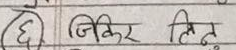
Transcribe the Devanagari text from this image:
६ जिकिर लिन्त